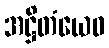
အဋ္ဌိတံယေဝ